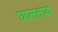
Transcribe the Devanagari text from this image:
घालताव